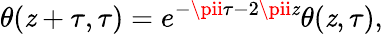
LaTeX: \theta(\mathit{z}+\tau,\tau)=e^{-\pii\tau-2\pii\mathit{z}}\theta(\mathit{z},\tau),